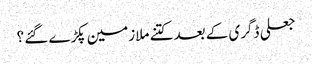
جعلی ڈگری کے بعد کتنے ملازمین پکڑے گئے ؟